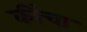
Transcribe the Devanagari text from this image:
कींचा